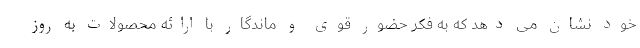
خود نشان می دهد که به فکر حضور قوی و ماندگار با ارائه محصولات به روز